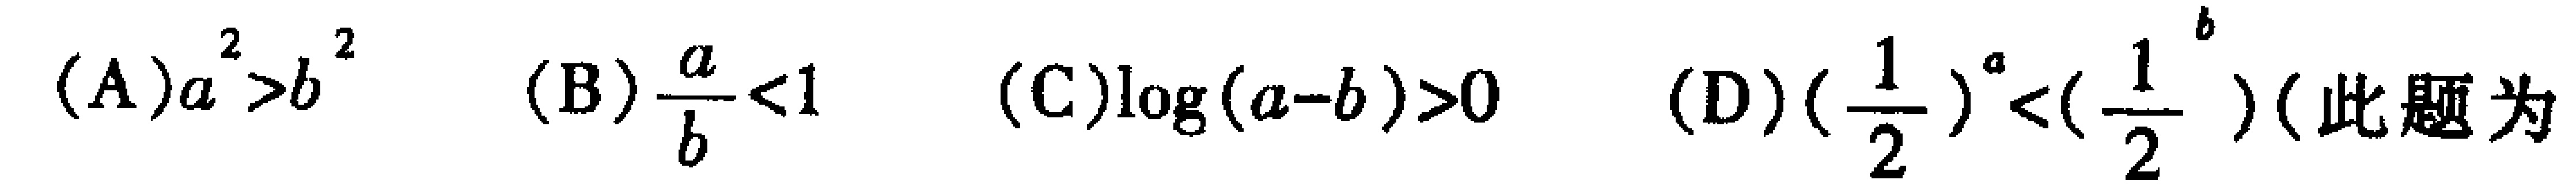
(A)$a^{2}>b^{2}$ (B)$\frac{a}{b}<1$ (C)$\log(a - b)>0$ (D)$(\frac{1}{2})^{a}<(\frac{1}{2})^{b}$(此题 为